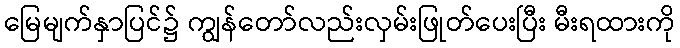
မြေမျက်နှာပြင်၌ ကျွန်တော်လည်းလှမ်းဖြုတ်ပေးပြီး မီးရထားကို